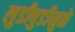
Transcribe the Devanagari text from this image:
लुडीबुडीमुळे